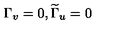
\Gamma _ { v } = 0 , \widetilde { \Gamma } _ { u } = 0